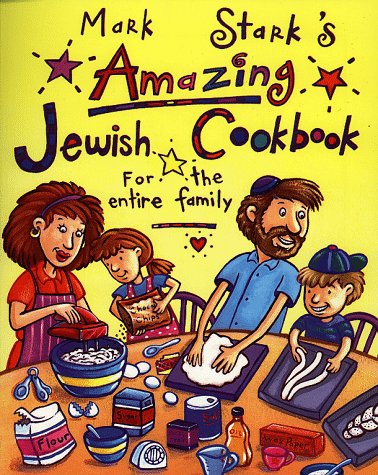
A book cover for Mark Stark's Amazing Jewish Cookbook for the Entire Family; Mark Stark; Cookbooks, Food & Wine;